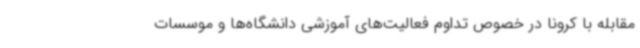
مقابله با کرونا در خصوص تداوم فعالیت‌های آموزشی دانشگاه‌ها و موسسات